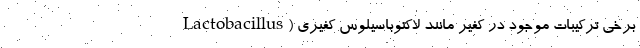
برخی ترکیبات موجود در کفیر مانند لاکتوباسیلوس کفیری (Lactobacillus